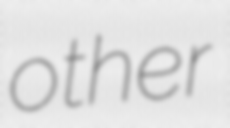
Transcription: other